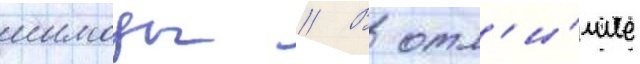
шимозы // В отл'и́чие